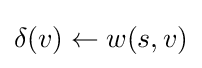
\delta (v)\leftarrow w(s,v)